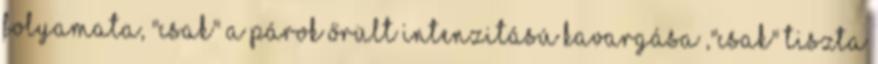
folyamata, "csak" a párok őrült intenzitású kavargása ,"csak" tiszta